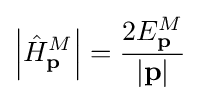
\left|{\hat {H}}_{\mathbf {p} }^{M}\right|={\frac {2E_{\mathbf {p} }^{M}}{|{\mathbf {p} }|}}